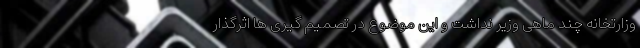
وزارتخانه چند ماهی وزیر نداشت و این موضوع در تصمیم گیری ها اثرگذار